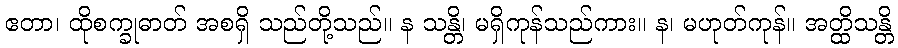
ဧတာ၊ ထိုစက္ခုဓာတ် အစရှိ သည်တို့သည်။ န သန္တိ၊ မရှိကုန်သည်ကား။ န၊ မဟုတ်ကုန်။ အတ္ထိသန္တိ